Civil Veterinary Dept. Bombay admin report 1907-1913 - 1907-1913
Year: 1907
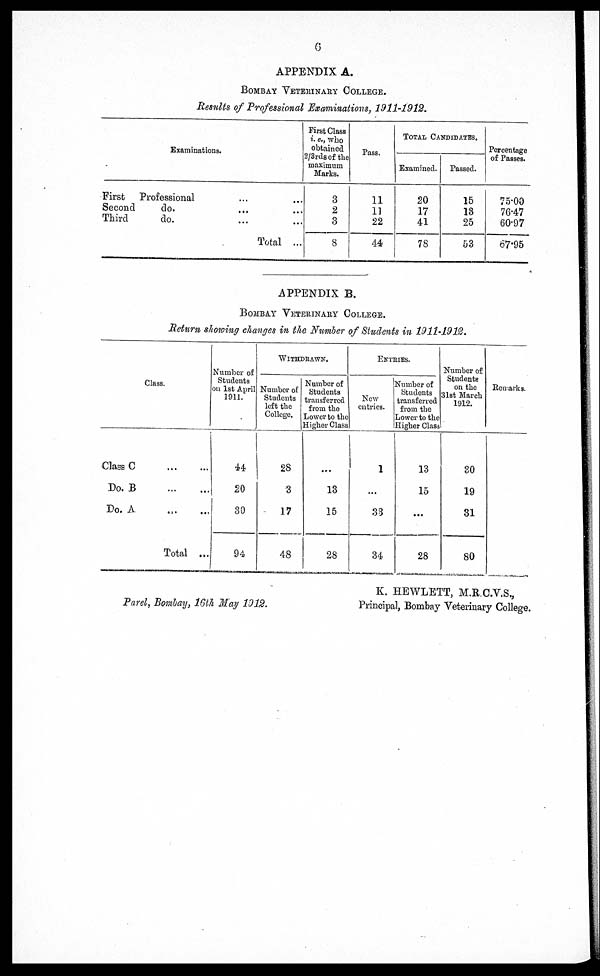
6
APPENDIX A.
BOMBAY VETERINARY COLLEGE.
Results of Professional Examinations, 1911-1912.
Examinations.
First Professional ... ...
Second
do. ... ...
Third
do.
...
...
Total ...
First Class
i. e., who
obtained
2/3rds of the
maximum
Marks.
3
2
3
8
Pass.
11
11
22
44
TOTAL CANDIDATES.
Examined.
20
17
41
78
Passed.
15
13
25
53
Percentage
of Passes.
75.00
76.47
60.97
67.95
APPENDIX B.
BOMBAY VETERINARY COLLEGE.
Return showing changes in the Number of Students in 1911-1912.
Class.
Class C
...
...
Do. B ... ...
Do. A ... ...
Total ...
Number of
Students
on 1st April
1911.
44
20
30
94
WITHDRAWN.
Number of
Students
left the
College.
28
3
17
48
Number of
Students
transferred
from the
Lower to the
Higher Class
...
13
15
2S
ENTRIES.
New
entries.
1
...
33
34
Number of
Students
transferred
from the
Lower to the
Higher Class
13
15
...
28
Number of
Students
on the
31st March
1912.
30
19
31
80
Remarks.
Parel, Bombay, 16th May 1912.
K. HEWLETT, M.R.C.V.S.,
Principal, Bombay Veterinary College.